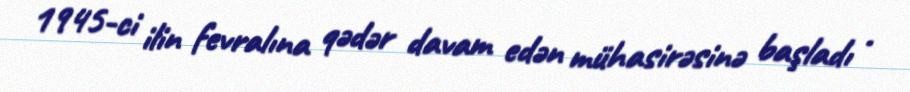
1945-ci ilin fevralına qədər davam edən mühasirəsinə başladı .